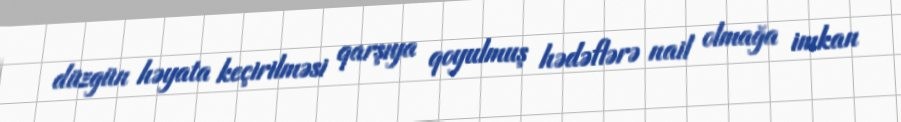
düzgün həyata keçirilməsi qarşıya qoyulmuş hədəflərə nail olmağa imkan